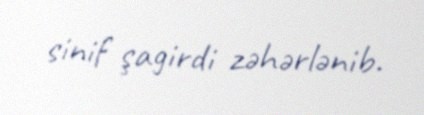
sinif şagirdi zəhərlənib.